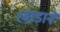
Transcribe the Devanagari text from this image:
रबाडाने